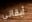
أبقاني